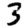
Digit: 3